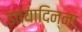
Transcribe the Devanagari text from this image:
इत्यादिन्ना